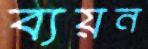
ব্যয়ন